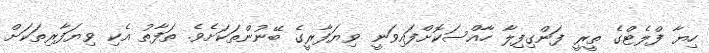
ހިޔާ ފްލެޓްގެ ތީރީ ފަންގިފިލާ ހާއްސަކޮށްފައިވަނީ ވިޔަފާރީގެ ބޭނުންތަކަށެވެ. ތަފާތު އެކި ވިޔަފާރިތަކަށް